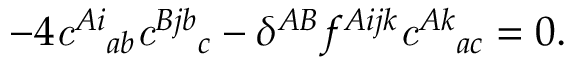
- 4 { \it c } ^ { A i } { } _ { a b } { \it c } ^ { B j b } { } _ { c } - \delta ^ { A B } f ^ { A i j k } { \it c } ^ { A k } { } _ { a c } = 0 .